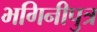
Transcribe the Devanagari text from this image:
भगिनीपुत्र